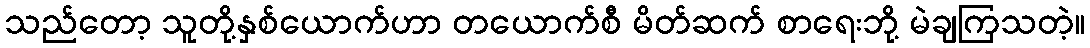
သည်တော့ သူတို့နှစ်ယောက်ဟာ တယောက်စီ မိတ်ဆက် စာရေးဘို့ မဲချကြသတဲ့။